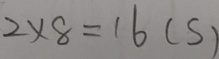
2 \times 8 = 1 6 ( s )